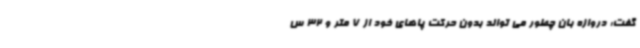
گفت: دروازه بان چطور می تواند بدون حرکت پاهای خود از 7 متر و 32 س